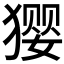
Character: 𰡢